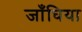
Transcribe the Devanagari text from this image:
जाँघिया